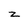
Character: z